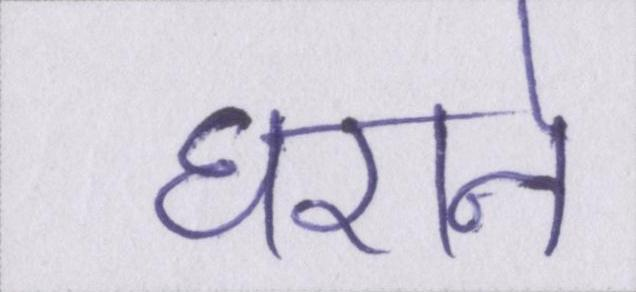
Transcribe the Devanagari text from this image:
घराने